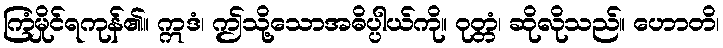
ကြံမှိုင်ရကုန်၏။ ဣဒံ၊ ဤသို့သောအဓိပ္ပါယ်ကို။ ဝုတ္တံ၊ ဆိုလိုသည်။ ဟောတိ၊